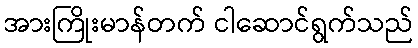
အားကြိုးမာန်တက် ငါဆောင်ရွက်သည်